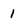
Character: 1